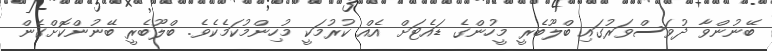
ބޭނުންވާ ދުވަސްވަރުގައި ބްލޫބެރީ މީހުންގެ ޑައެޓަށް އެއް ކުރުމަކީ މުހިންމުކަމެކެވެ. ބްލޫބެރީ ބޭނުންކޮށްގެން